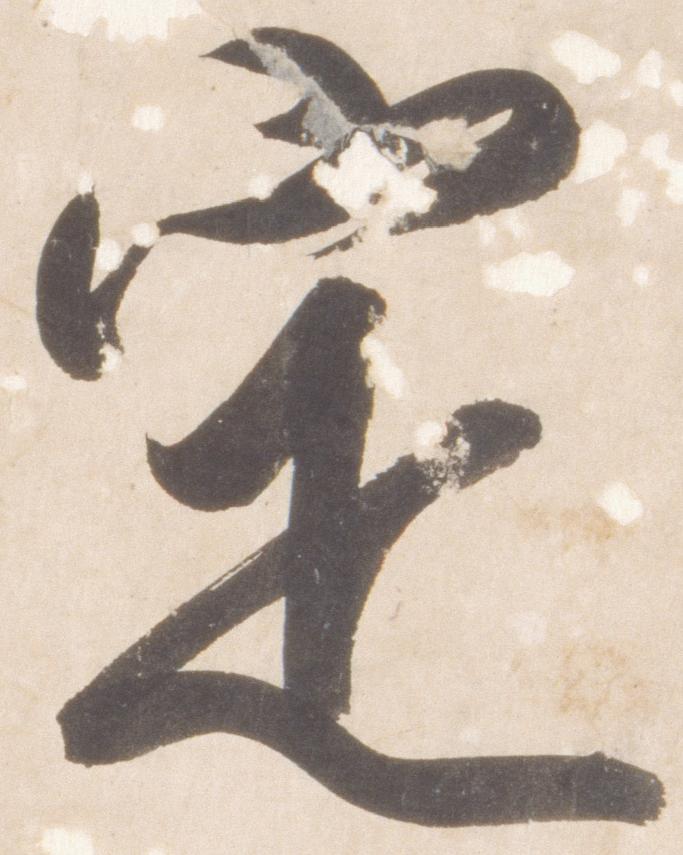
定